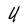
Character: U